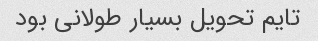
تایم تحویل بسیار طولانی بود